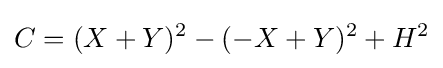
C=(X+Y)^{2}-(-X+Y)^{2}+H^{2}